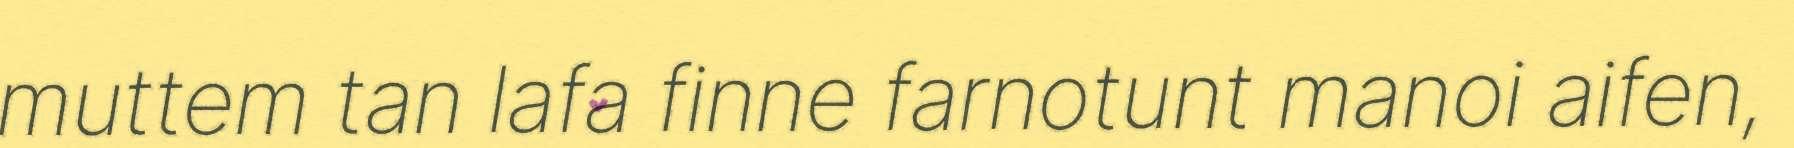
muttem tan lafa finne farnotunt manoi aifen,